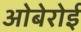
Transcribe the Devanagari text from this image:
ओबेरोई